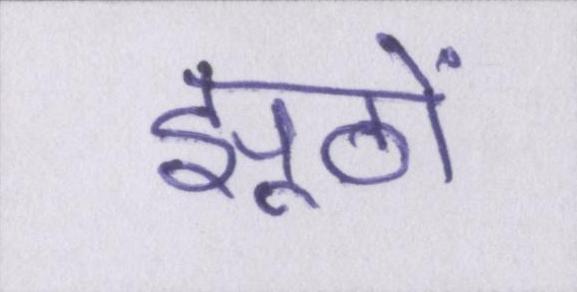
झूठों